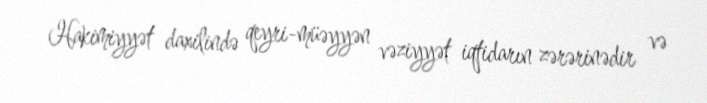
Hakimiyyət daxilində qeyri-müəyyən vəziyyət iqtidarın zərərinədir və